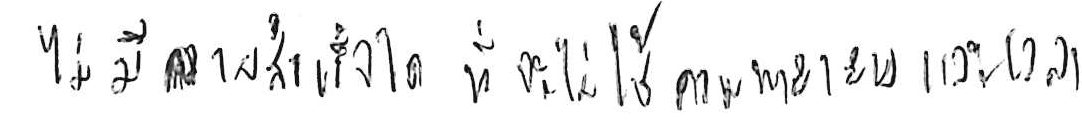
ไม่มีความสำเร็จใด ที่จะไม่ใช้ความพยายามและเวลา